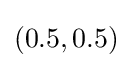
(0.5,0.5)